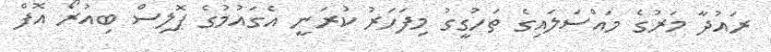
ރައުދާ މަރުގެ މައްސަލައިގެ ތަހުގީގު މިފަހަރު ކުރަނީ އެގައުމުގެ ޕޮލިސް ބިއުރޯ އޮފް